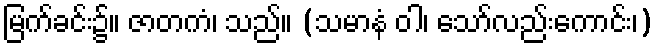
မြက်ခင်း၌။ ဇာတကံ၊ သည်။ (သမာနံ ဝါ၊ သော်လည်းကောင်း၊)